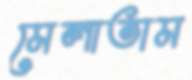
মেলাতাম